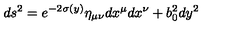
d s ^ { 2 } = e ^ { - 2 \sigma ( y ) } \eta _ { \mu \nu } d x ^ { \mu } d x ^ { \nu } + b _ { 0 } ^ { 2 } d y ^ { 2 }